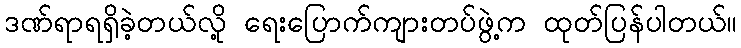
ဒဏ်ရာရရှိခဲ့တယ်လို့ ရေးပြောက်ကျားတပ်ဖွဲ့က ထုတ်ပြန်ပါတယ်။